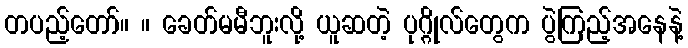
တပည့်တော်။ ။ ခေတ်မမီဘူးလို့ ယူဆတဲ့ ပုဂ္ဂိုလ်တွေက ပွဲကြည့်အနေနဲ့